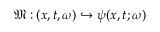
\mathfrak { M } : ( x , t , \omega ) \hookrightarrow \psi ( { x } , t ; \omega )